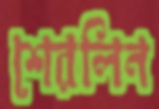
শেরলিন